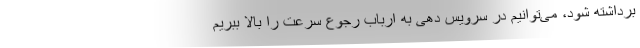
برداشته شود، می‌توانیم در سرویس دهی به ارباب رجوع سرعت را بالا ببریم